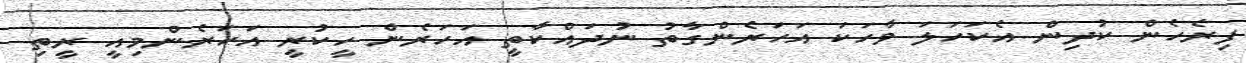
ފިރެހެން ކުދިން އެކަހަލަ ވާހަކަ އަހަރެންގާތު ނުދައްކާތީ އަހަރެން ހީކުރީ އަހަރެންމިއީ ރީތި